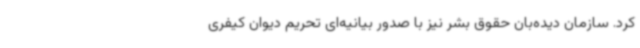
کرد. سازمان دیده‌بان حقوق بشر نیز با صدور بیانیه‌ای تحریم‌ دیوان کیفری